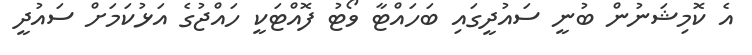
އެ ކޮމިޝަނުން ބުނީ ސައުދީގައި ބަހައްޓާ ވޯޓު ފޮއްޓަކީ ހައްޖުގެ އަޅުކަމަށް ސައުދީ